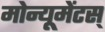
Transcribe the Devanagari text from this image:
मोन्यूमेंटस्